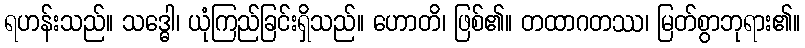
ရဟန်းသည်။ သဒ္ဓေါ၊ ယုံကြည်ခြင်းရှိသည်။ ဟောတိ၊ ဖြစ်၏။ တထာဂတဿ၊ မြတ်စွာဘုရား၏။